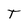
Character: T